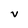
Character: v